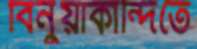
বিনুয়াকান্দিতে